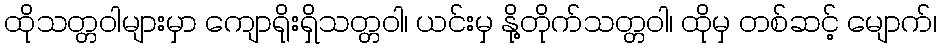
ထိုသတ္တဝါများမှာ ကျောရိုးရှိသတ္တဝါ၊ ယင်းမှ နို့တိုက်သတ္တဝါ၊ ထိုမှ တစ်ဆင့် မျောက်၊